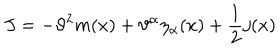
J = - \vartheta ^ { 2 } m ( x ) + \vartheta ^ { \alpha } \eta _ { \alpha } ( x ) + \frac { 1 } { 2 } j ( x )